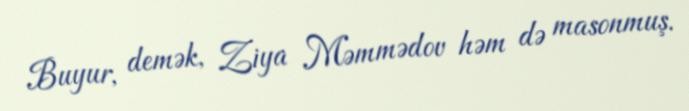
Buyur, demək, Ziya Məmmədov həm də masonmuş.